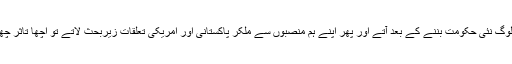
اگر یہ لوگ نئی حکومت بننے کے بعد آتے اور پھر اپنے ہم منصبوں سے ملکر پاکستانی اور امریکی تعلقات زیربحث لاتے تو اچھا تاثر چھوڑتے۔